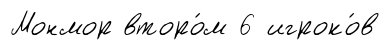
Монмор второ́м 6 игроко́в